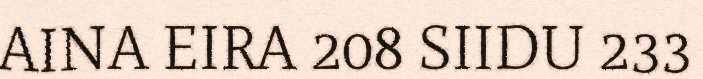
AINA EIRA 208 SIIDU 233